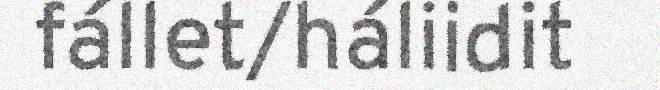
fállet/háliidit